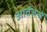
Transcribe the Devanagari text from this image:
आर्तजनों